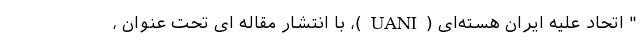
" اتحاد علیه ایران هسته‌ای (UANI)، با انتشار مقاله ای تحت عنوان ،